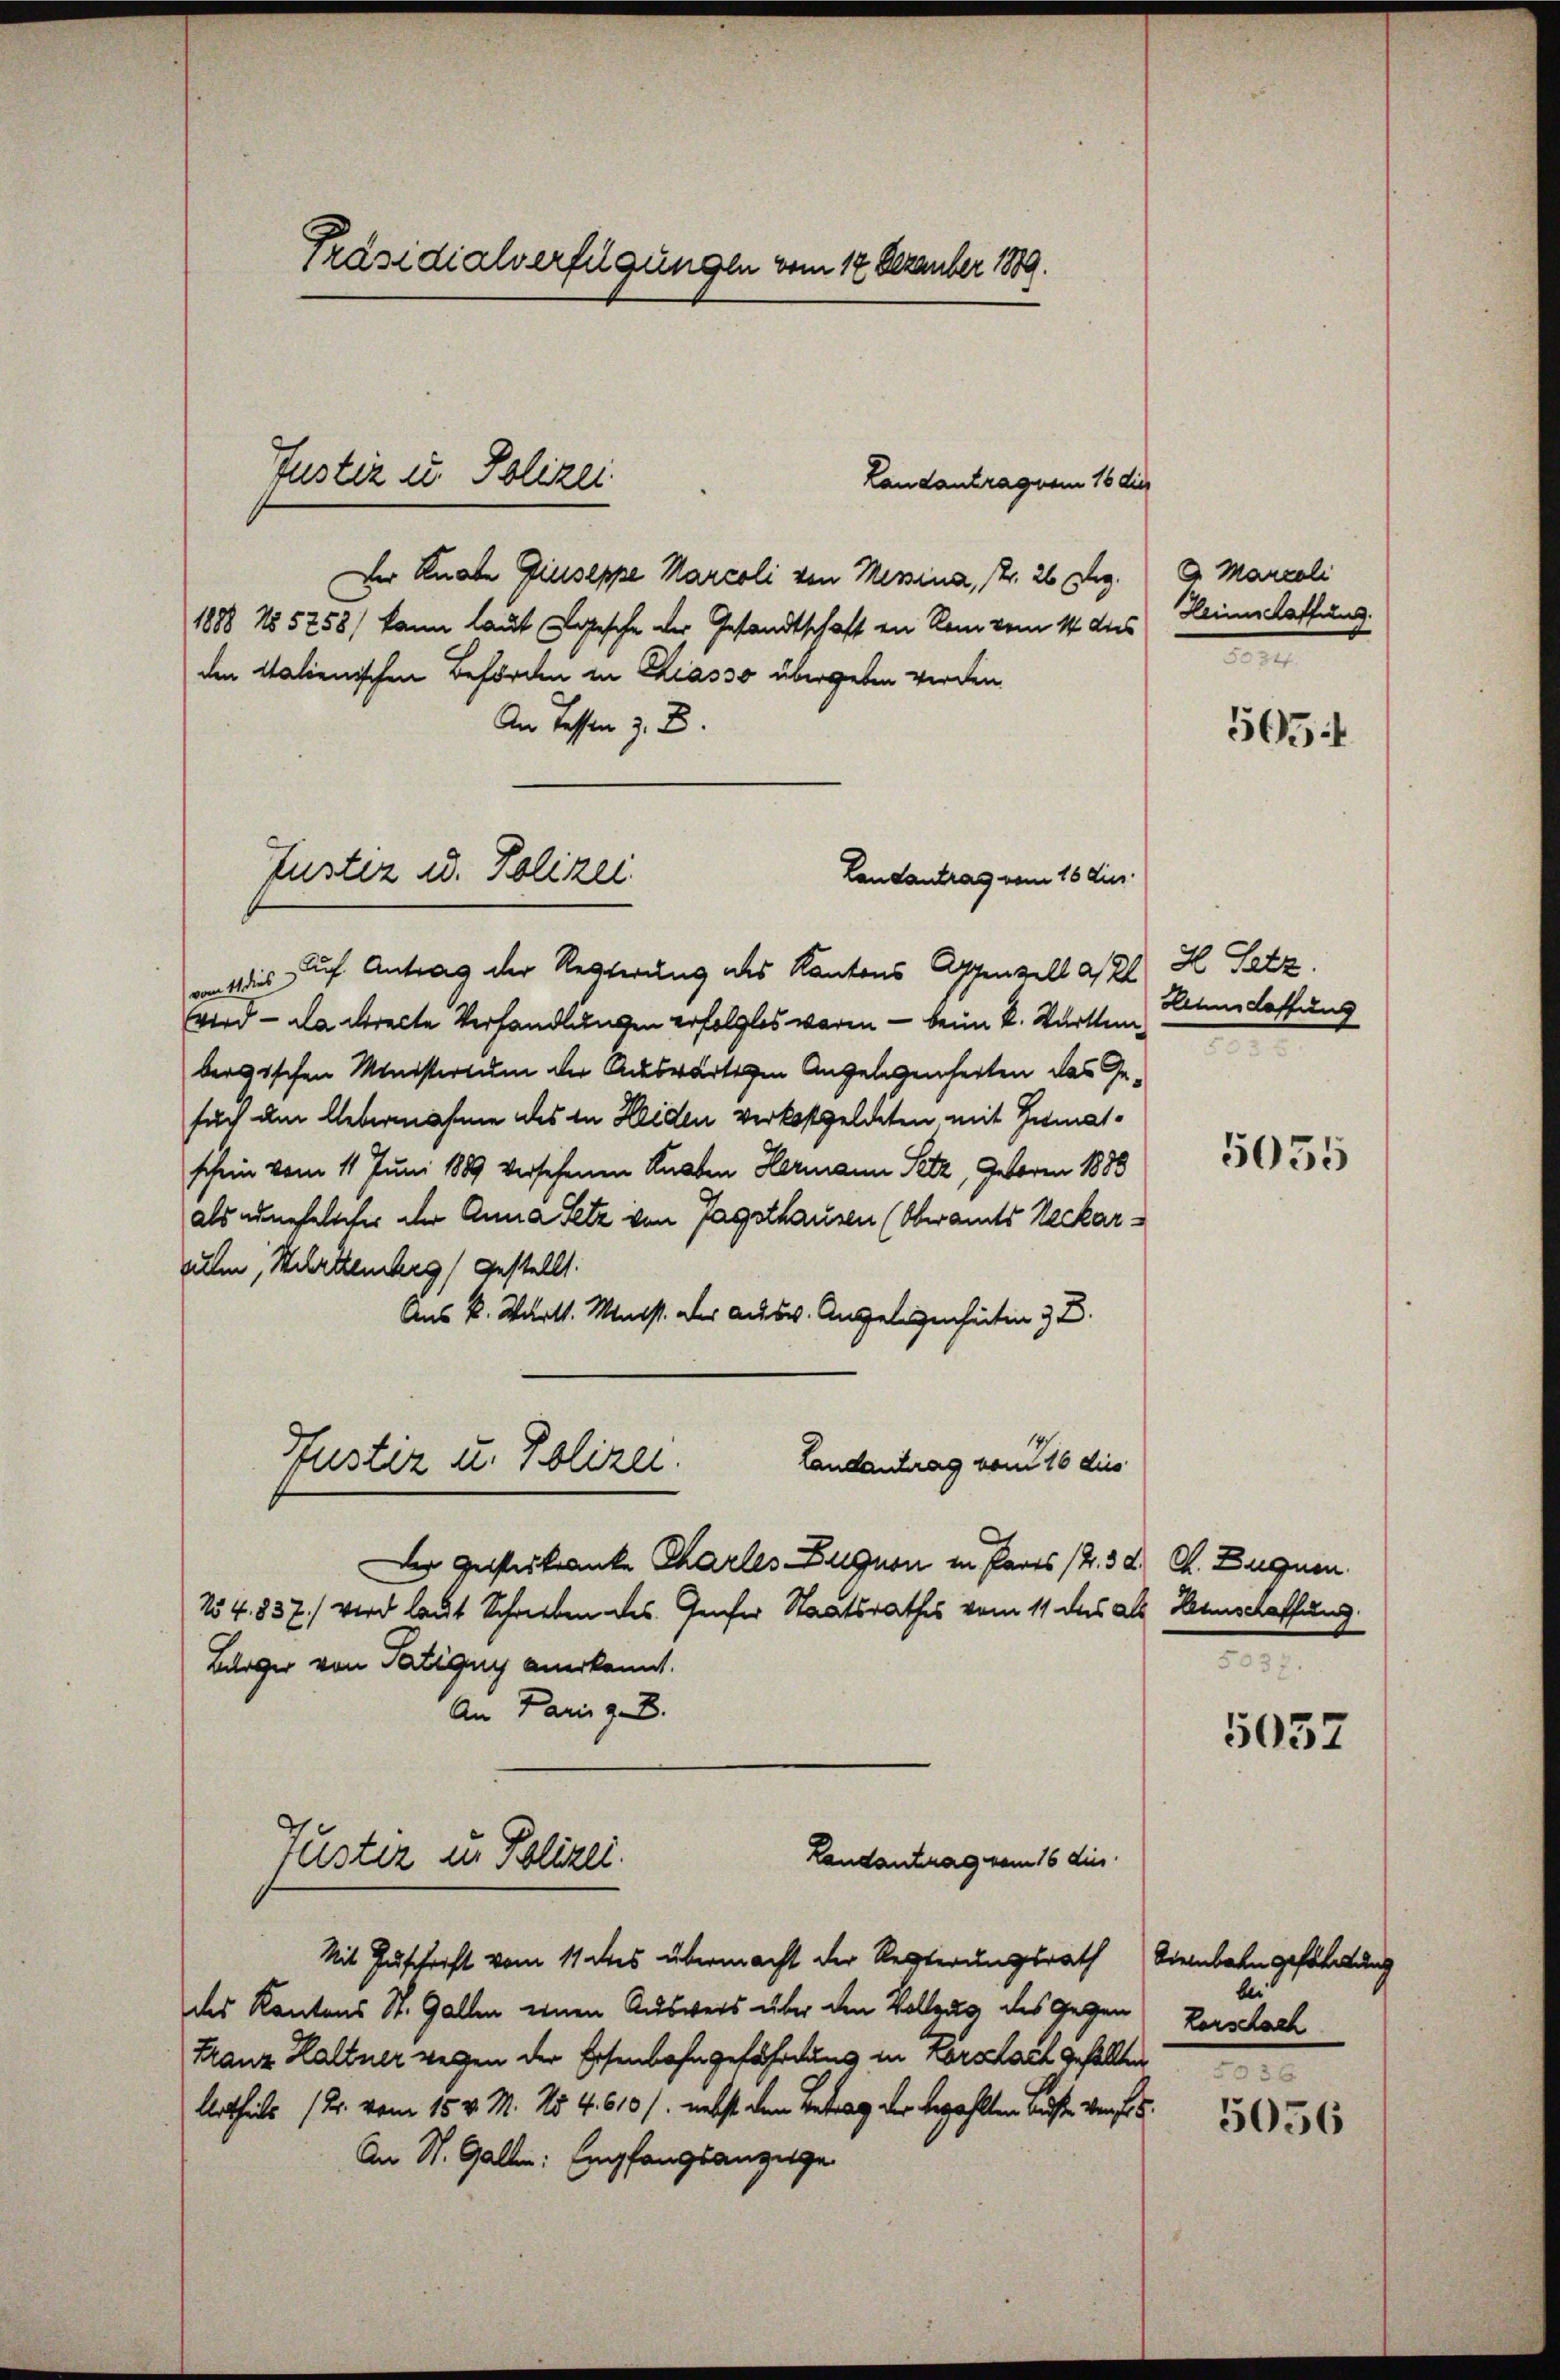
Präsidialverfügungen vom 17 Dezember 1889.

Landantragnem 16 die
Der Knabe Giuseppe Marcoli von Messina, Fr. 26 Deg.
1888 No 5258/ kann laut gesche der Gesandtschaft in Rom vom 14 des
den Italienischen Behörden in Chiasso übergeben werden.
An Tassen z. B.
Wis auf Antrag der Regierung des Kantons Appenzell a. el. H Satz.
wird - da directe Verhandlungen erfolgtes waren — beim K. Württembergischen Ministerium der Auswärtigen Angelegenheiten das Gesuch am Uebernahme des in Heiden verkostgeldeten mit Zumatschein vom 11. Juni 1889 versehenen Knaben Hermann Setz, Geboren 1888
als unehelicher der Anna Setz von Tagsthausen (Oberamts Neckar-
sulm, Mehrtenberg gestellt.
Aus K. Württ. Meist. Der Ausw. Angelegenheiten 3 D.
Pfustiz u. Polizei.
Landantrag vom 16 dies
Der Geisterkranke Chartes Zugnen in Paris 12. 3. d. d. Duquen
N54. 837 wird laut Schrieben des Genfer Staatsrathes vom 11 des als Hennschaffung
Bürger von Tatigny anerkannt.
An Paris z. B.
Justiz in Polizei.
Landantrag vom 16 die
Mit Zuschrift vom 11 des übermacht der Regierungsrath
des Kantons St. Gallen einen Ausweis über den Vollzug des gegen Vorschach
Franz Haltner wegen der Eisenbahngefährdung in Körslach gehalten
Urtheils (2. vom 15. v. M. No. 4. 610. nebst dem Betrag der bezahlten Kaufte verf
An St. Gallen: Empfangsanzeige.

Justiz in Polizei

Justiz u. Polizei
Landantrag vom 16 die

G. Marceli
Heimschaffung.

5054

Anne deffung

5055

e

5052

Disenbahn gefährdung
bei

5056